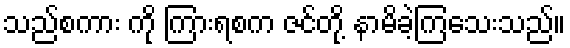
သည်စကား ကို ကြားရစက ဇင်တို့ နာမိခဲ့ကြသေးသည်။